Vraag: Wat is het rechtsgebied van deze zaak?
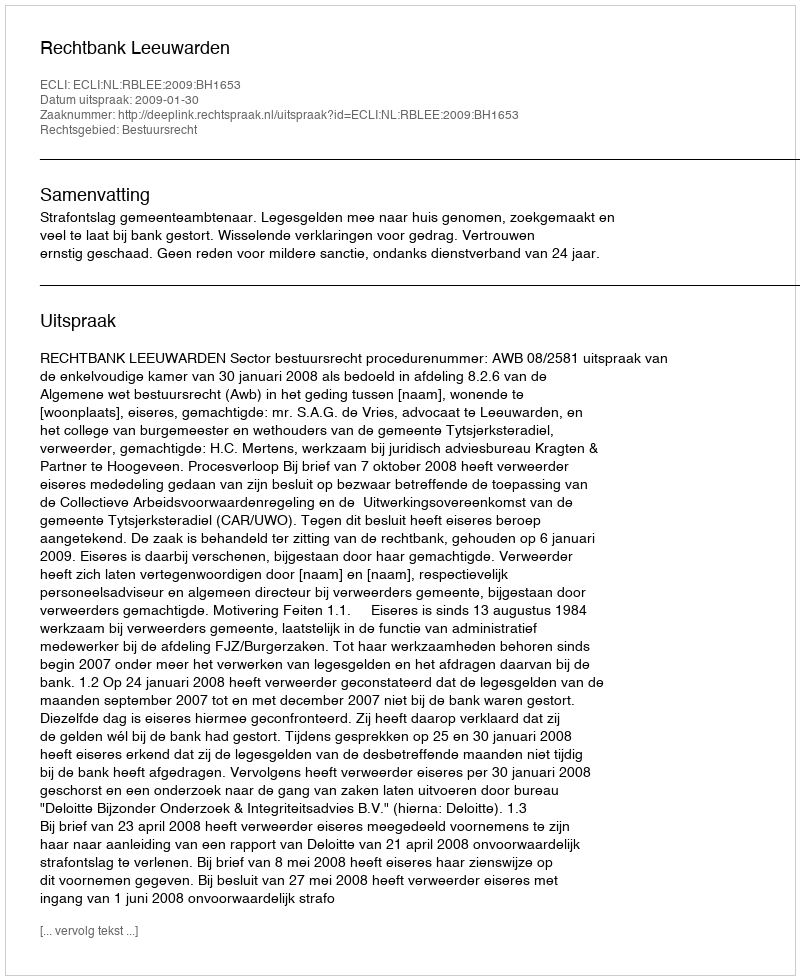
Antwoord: Bestuursrecht